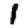
Digit: 1